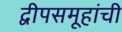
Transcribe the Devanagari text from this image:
द्वीपसमूहांची